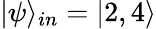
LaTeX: |\psi\rangle_{in}=|2,4\rangle